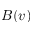
B ( v )